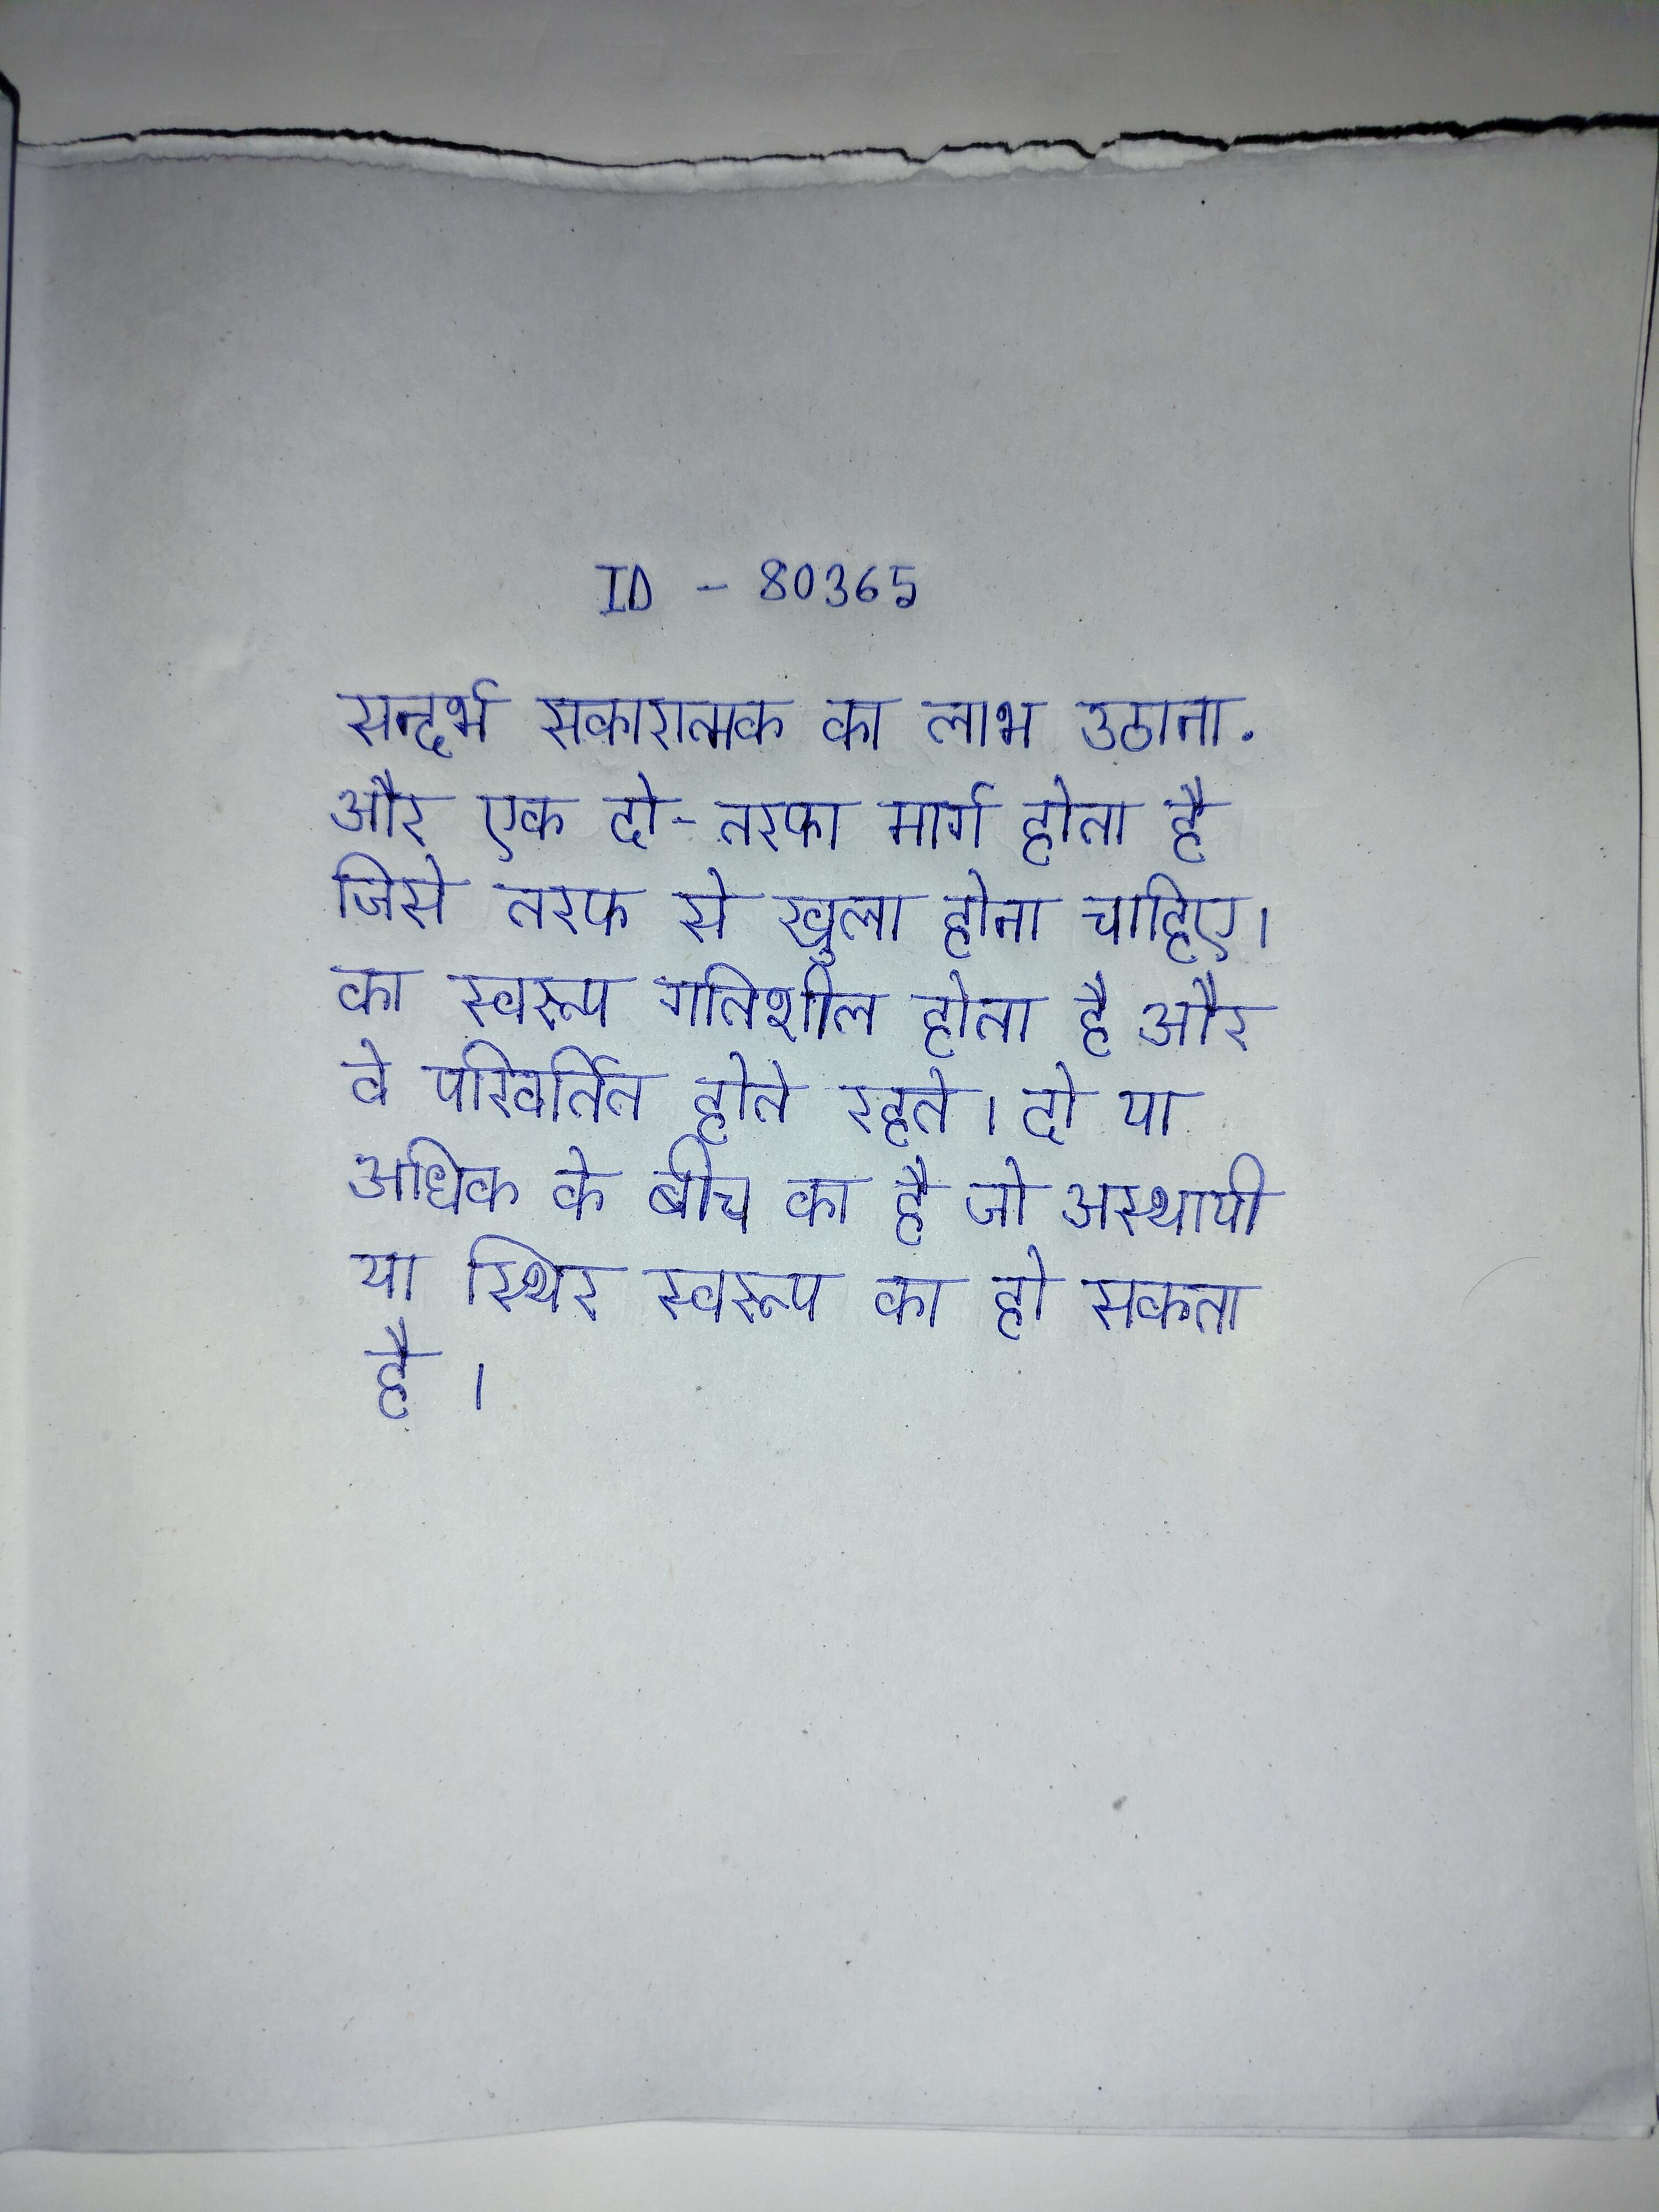
सन्दर्भ सकारात्मक का लाभ उठाना . और एक दो-तरफा मार्ग होता है जिसे तरफ से खुला होना चाहिए । का स्वरूप गतिशील होता है और वे परिवर्तित होते रहते । दो या अधिक के बीच का है जो अस्थायी या स्थिर स्वरूप का हो सकता है ।